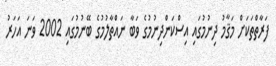
ފަރާތްތަކަށް މަޤާމު ދިނުމުގައި އިސްކަންދިނުމުގެ ވަބާ ނައްތާލުމުގެ ބޭނުމުގައި 2002 ވަނަ އަހަރު